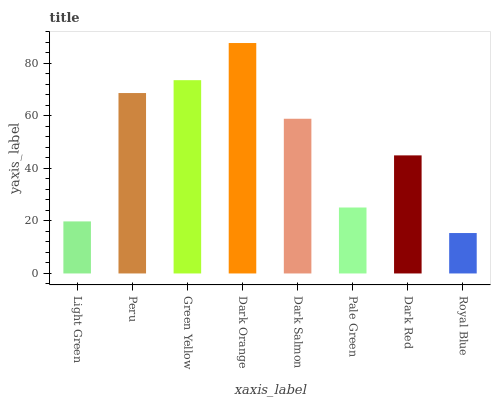
| xaxis_label | bars |
 | --- | --- |
 | Light Green | 19.8 |
 | Peru | 68.6 |
 | Green Yellow | 73.5 |
 | Dark Orange | 87.6 |
 | Dark Salmon | 58.8 |
 | Pale Green | 25.1 |
 | Dark Red | 44.9 |
 | Royal Blue | 15.4 |